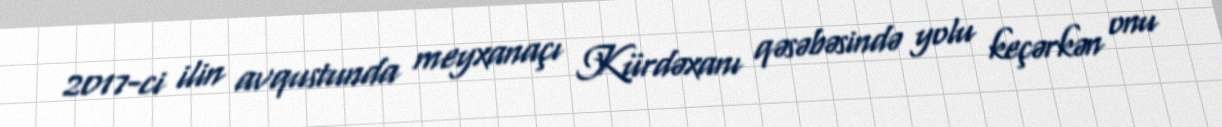
2017-ci ilin avqustunda meyxanaçı Kürdəxanı qəsəbəsində yolu keçərkən onu